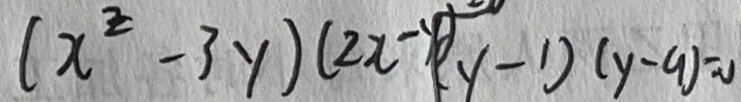
( x ^ { z } - 3 y ) ( 2 x - y ) ( y - 1 ) ( y - 9 ) = 0